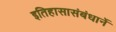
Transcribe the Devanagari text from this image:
इतिहासासंबंधानें